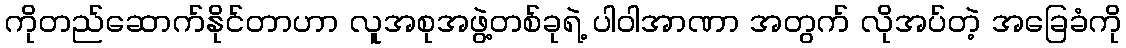
ကိုတည်ဆောက်နိုင်တာဟာ လူအစုအဖွဲ့တစ်ခုရဲ့ ပါဝါအာဏာ အတွက် လိုအပ်တဲ့ အခြေခံကို